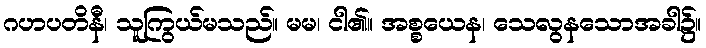
ဂဟပတိနီ၊ သူကြွယ်မသည်။ မမ၊ ငါ၏။ အစ္စယေန၊ သေလွနသောအခါ၌။